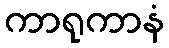
ကာရုကာနံ